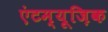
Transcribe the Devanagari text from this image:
एंटम्यूज़िक